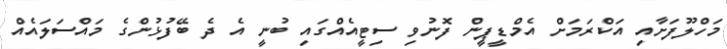
މަހްލޫފަށާއި އަކްރަމަށް އެމްޑީޕީން ފޮނުވި ސިޓީއެއްގައި ބުނީ އެ ދެ ބޭފުޅުންގެ މައްސަލައެއް